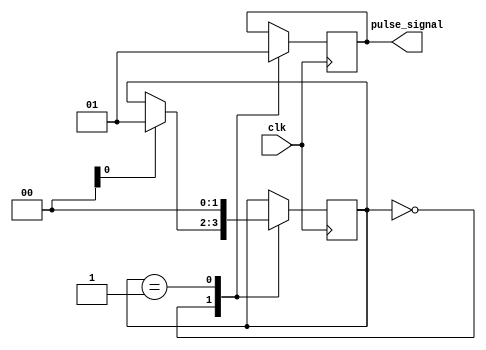
module rising_edge_pulse_generator (
    input wire clk,
    output reg pulse_signal
);

reg [1:0] state;
parameter IDLE = 2'b00, PULSE = 2'b01;

always @(posedge clk) begin
    case(state)
        IDLE: begin
            pulse_signal <= 0;
            if(condition) begin // condition to trigger pulse generation
                state <= PULSE;
            end
        end
        PULSE: begin
            pulse_signal <= 1;
            state <= IDLE;
        end
    endcase
end

endmodule